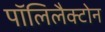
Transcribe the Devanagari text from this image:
पॉलिलैक्टोन